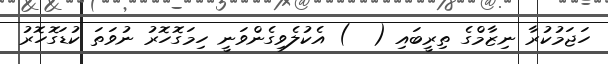
ހަޖަމުކުރާ ނިޒާމްގެ ތިރީބައި (  ) އެކުލެވިގެންވަނީ ހިމަގޮހޮރު ނުވަތަ ކުޑަގޮހޮރު